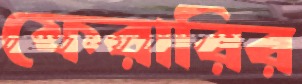
ফেরারির